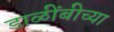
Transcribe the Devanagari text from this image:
डाळींबीच्या